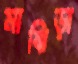
মাঝিড়া